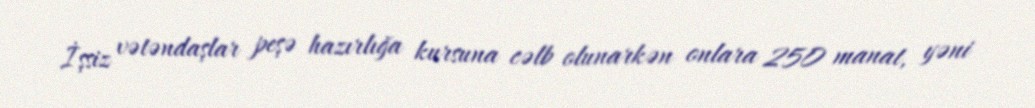
İşsiz vətəndaşlar peşə hazırlığa kursuna cəlb olunarkən onlara 250 manat, yəni